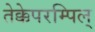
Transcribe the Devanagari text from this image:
तेक्केपरम्पिल्